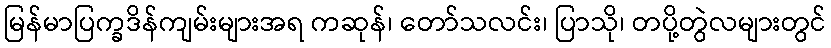
မြန်မာပြက္ခဒိန်ကျမ်းများအရ ကဆုန်၊ တော်သလင်း၊ ပြာသို၊ တပို့တွဲလများတွင်